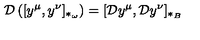
{ \cal D } \left( [ y ^ { \mu } , y ^ { \nu } ] _ { \ast _ { \omega } } \right) = [ { \cal D } y ^ { \mu } , { \cal D } y ^ { \nu } ] _ { \ast _ { B } }